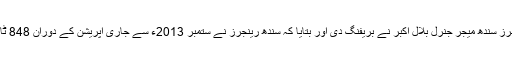
اجلاس میں ڈی جی رینجرز سندھ میجر جنرل بلال اکبر نے بریفنگ دی اور بتایا کہ سندھ رینجرز نے ستمبر 2013ء سے جاری آپریشن کے دوران 848 ٹارگٹ کلرز گرفتار کئے۔